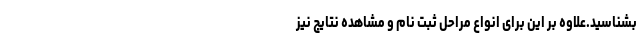
بشناسید.علاوه بر این برای انواع مراحل ثبت نام و مشاهده نتایج نیز